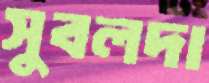
সুবলদা